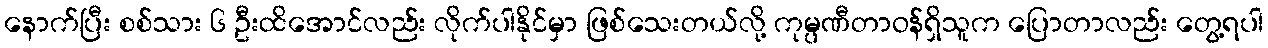
နောက်ပြီး စစ်သား ၆ ဦးထိအောင်လည်း လိုက်ပါနိုင်မှာ ဖြစ်သေးတယ်လို့ ကုမ္ပဏီတာဝန်ရှိသူက ပြောတာလည်း တွေ့ရပါ